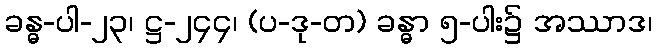
ခန္ဓ-ပါ-၂၃၊ ဋ္ဌ-၂၄၄၊ (ပ-ဒု-တ) ခန္ဓာ ၅-ပါး၌ အဿာဒ၊